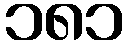
၁၈၁